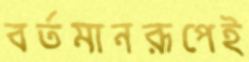
বর্তমানরূপেই